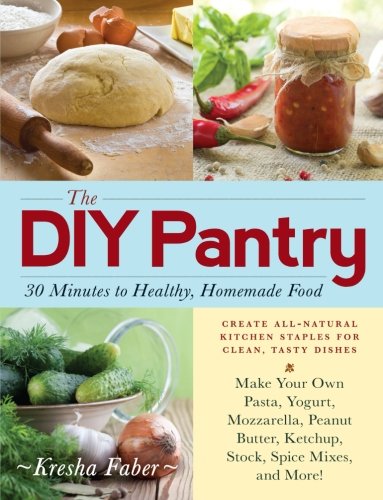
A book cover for The DIY Pantry: 30 Minutes to Healthy, Homemade Food; Kresha Faber; Cookbooks, Food & Wine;